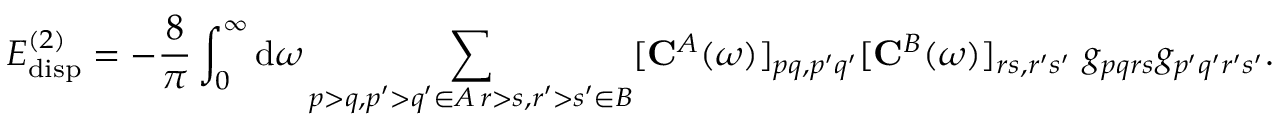
E _ { \mathrm { d i s p } } ^ { ( 2 ) } = - \frac { 8 } { \pi } \int _ { 0 } ^ { \infty } \mathrm { d } \omega \sum _ { \substack { p > q , p ^ { \prime } > q ^ { \prime } \in A \, r > s , r ^ { \prime } > s ^ { \prime } \in B } } [ { \bf C } ^ { A } ( \omega ) ] _ { p q , p ^ { \prime } q ^ { \prime } } [ { \bf C } ^ { B } ( \omega ) ] _ { r s , r ^ { \prime } s ^ { \prime } } \ g _ { p q r s } g _ { p ^ { \prime } q ^ { \prime } r ^ { \prime } s ^ { \prime } } .